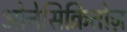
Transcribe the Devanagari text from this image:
ओनेसिक्रितोज़